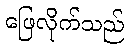
ဖြေလိုက်သည်